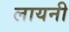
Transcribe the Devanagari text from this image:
लायनी